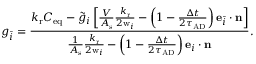
g _ { \bar { i } } = \frac { { k _ { \mathrm { r } } C _ { \mathrm { e q } } - \tilde { g } _ { i } \left[ { \frac { V } { A _ { \mathrm { s } } } { \frac { k _ { \mathrm { r } } } { 2 \mathrm { w } _ { i } } } - \left( 1 - { \frac { \Delta t } { 2 \tau _ { \mathrm { A D } } } } \right) \mathbf { e } _ { \bar { i } } \cdot \mathbf { n } } \right] } } { { \frac { 1 } { A _ { \mathrm { s } } } { \frac { k _ { \mathrm { r } } } { 2 \mathrm { w } _ { i } } } - \left( 1 - { \frac { \Delta t } { 2 \tau _ { \mathrm { A D } } } } \right) \mathbf { e } _ { i } \cdot \mathbf { n } } } .